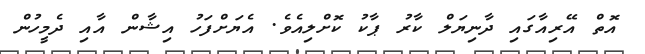
އޮތް އޭރިއާގައި ދާނިޔަލް ކާރު ޕާކު ކޮށްލިއެވެ. އެޔަށްފަހު އިޝާން އާއި ދެމީހުން